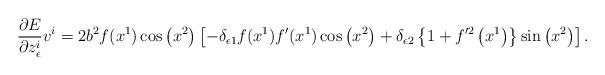
LaTeX: \begin{align*}\frac{\partial E}{\partial z^i_{\epsilon}}v^i= 2b^2f(x^1) \cos\left( x^2\right) \left[ -\delta_{\epsilon 1}f(x^1)f'(x^1) \cos\left( x^2\right) +\delta_{\epsilon 2}\left\lbrace 1 +f'^2 \left( x^1\right) \right\rbrace \sin\left( x^2\right) \right].\end{align*}